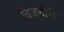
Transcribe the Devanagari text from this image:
बिजनौरी